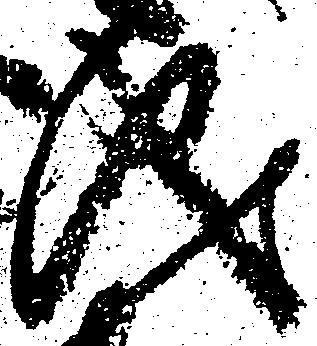
儀